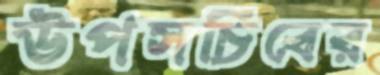
উপসচিবের